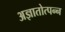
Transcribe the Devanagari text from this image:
अज्ञातोत्पन्न